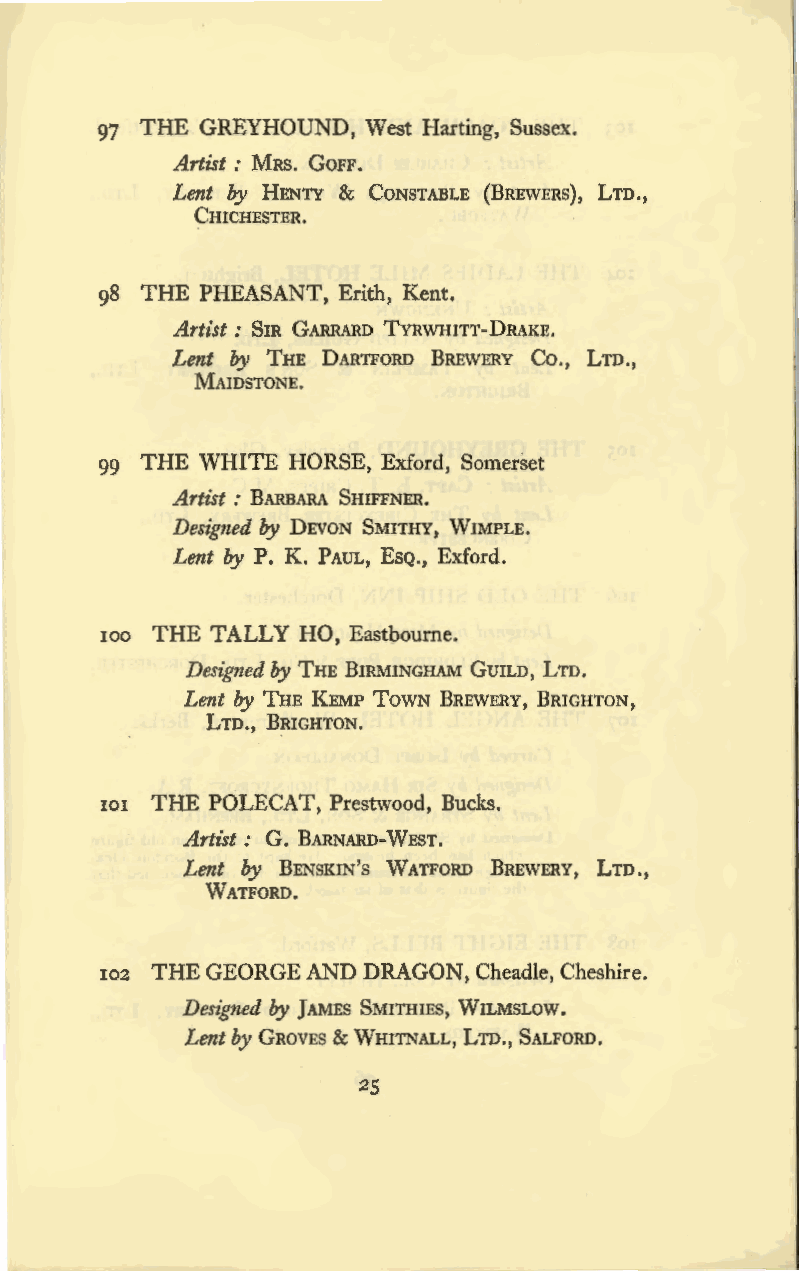
97 THE GREYHOUND, West Harting, Sussex.
 Artist : MRS. GOFF.
 Lent by HENTY & CONSTABLE (BREWERS), LTD.,
 CHICHESTER.
 98 THE PHEASANT, Erith, Kent.
 Artist: SIR GARRARD TYRWHITT-DRAKE.
 Lent by THE DARTFORD BREWERY Co., LTD.,
 MAIDSTONE.
 99 THE WHITE HORSE, Exford, Somerset
 Artist: BARBARA SHIFFNER.
 Designed by DEVON SMITHY, WIMPLE.
 Lent by P. K. PAUL, EsQ., Exford.
 100 THE TALLY HO, Eastbourne.
 Designed by THE BIRMINGHAM GUILD, LTD.
 Lent by THE KEMP TowN BREWERY, BRIGHTON,
 LTD., BRIGHTON.
 101 THE POLECAT, Prestwood, Bucks.
 Artist: G. BARNARD-WEST.
 Lent by BENSKIN's WATFORD BREWERY, LTD.,
 WATFORD.
 102 THE GEORGE AND DRAGON, Cheadle, Cheshire.
 Designed by ]AMES SMITHIES, WILMSLOW.
 Lent by GROVES & WHITNALL, LTD., SALFORD.
 25